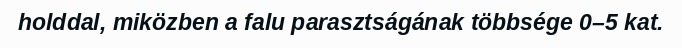
holddal, miközben a falu parasztságának többsége 0–5 kat.